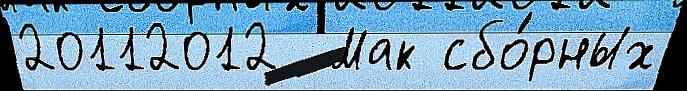
20112012  Мак сбо́рных